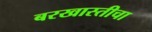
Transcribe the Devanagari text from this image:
बरखास्तीचा